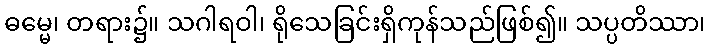
ဓမ္မေ၊ တရား၌။ သဂါရဝါ၊ ရိုသေခြင်းရှိကုန်သည်ဖြစ်၍။ သပ္ပတိဿာ၊